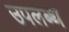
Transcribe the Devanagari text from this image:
उपलब्थ